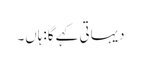
دیہاتی کہے گا:ہاں۔